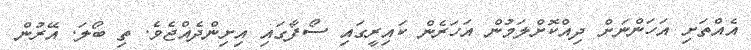
އެއްތަށި އަހަންނަށް ދިއްކޮށްލަމުން އަހަރެން ކައިރީގައި ސޯފާގައި އިށިންދެއްޖެވެ. ތި ބޯލަ. އޭރުން